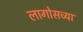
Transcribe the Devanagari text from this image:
लागोसच्या